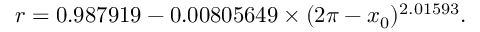
r = 0 . 9 8 7 9 1 9 - 0 . 0 0 8 0 5 6 4 9 \times ( 2 \pi - x _ { 0 } ) ^ { 2 . 0 1 5 9 3 } .